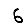
Digit: 6